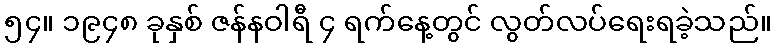
၅၄။ ၁၉၄၈ ခုနှစ် ဇန်နဝါရီ ၄ ရက်နေ့တွင် လွတ်လပ်ရေးရခဲ့သည်။